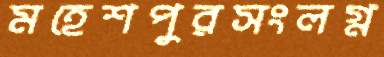
মহেশপুরসংলগ্ন